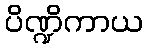
ပိဏ္ဍိကာယ